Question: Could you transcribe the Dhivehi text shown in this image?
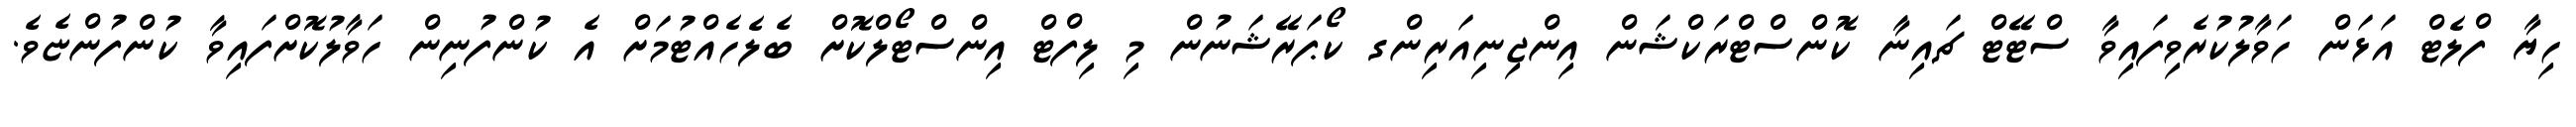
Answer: ހިޔާ ފްލެޓް އަޅަން ހަވާލުކުރެވިފައިވާ ސްޓޭޓް ޗައިނާ ކޮންސްޓްރަކްޝަން އިންޖިނިއަރިންގ ކޯޕަރޭޝަނުން މި ލިފްޓް އިންސްޓޯލްކޮށް ބެލެހެއްޓުމަށް އެ ކުންފުނިން ހަވާލުކޮށްފައިވާ ކުންފުންޏެވެ.